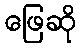
ဖြေဆို